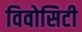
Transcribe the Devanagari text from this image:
विवोसिटी